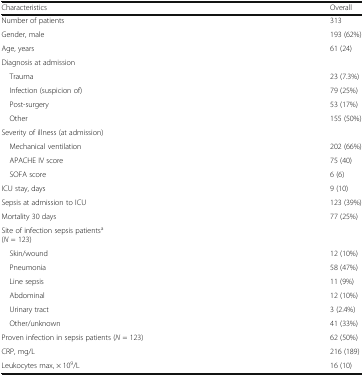
<table><thead><tr><td><b>Characteristics</b></td><td><b>Overall</b></td></tr></thead><tbody><tr><td>Number of patients</td><td>313</td></tr><tr><td>Gender, male</td><td>193 (62%)</td></tr><tr><td>Age, years</td><td>61 (24)</td></tr><tr><td colspan="2">Diagnosis at admission</td></tr><tr><td> Trauma</td><td>23 (7.3%)</td></tr><tr><td> Infection (suspicion of)</td><td>79 (25%)</td></tr><tr><td> Post-surgery</td><td>53 (17%)</td></tr><tr><td> Other</td><td>155 (50%)</td></tr><tr><td colspan="2">Severity of illness (at admission)</td></tr><tr><td> Mechanical ventilation</td><td>202 (66%)</td></tr><tr><td> APACHE IV score</td><td>75 (40)</td></tr><tr><td> SOFA score</td><td>6 (6)</td></tr><tr><td>ICU stay, days</td><td>9 (10)</td></tr><tr><td>Sepsis at admission to ICU</td><td>123 (39%)</td></tr><tr><td>Mortality 30 days</td><td>77 (25%)</td></tr><tr><td colspan="2">Site of infection sepsis patients<sup>a</sup>(<i>N</i> = 123)</td></tr><tr><td> Skin/wound</td><td>12 (10%)</td></tr><tr><td> Pneumonia</td><td>58 (47%)</td></tr><tr><td> Line sepsis</td><td>11 (9%)</td></tr><tr><td> Abdominal</td><td>12 (10%)</td></tr><tr><td> Urinary tract</td><td>3 (2.4%)</td></tr><tr><td> Other/unknown</td><td>41 (33%)</td></tr><tr><td>Proven infection in sepsis patients (<i>N</i> = 123)</td><td>62 (50%)</td></tr><tr><td>CRP, mg/L</td><td>216 (189)</td></tr><tr><td>Leukocytes max, × 10<sup>9</sup>/L</td><td>16 (10)</td></tr></tbody></table>